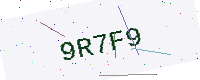
Text: 9R7F9